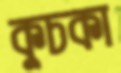
কুচকা